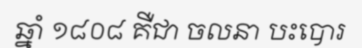
ឆ្នាំ ១៨០៨ គឺជា ចលនា បះបោរ